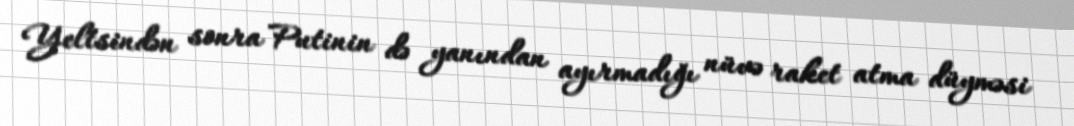
Yeltsindən sonra Putinin də yanından ayırmadığı nüvə raket atma düyməsi